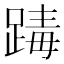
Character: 𨂭